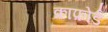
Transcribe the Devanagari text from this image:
क्राफ़ोर्ड